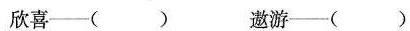
欣喜——() 遨游——()